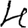
Digit: 4